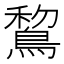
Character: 鵹